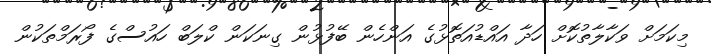
މިކަމަށް ވަކާލާތުކޮށް ހަދާ އައްޑުއަތޮޅުގެ އަންހެން ބޭފުޅުން ގިނަކަން ކްލަބް ހައުސްގެ ފޯރަމްތަކުން